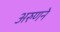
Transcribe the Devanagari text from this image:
अरुणने